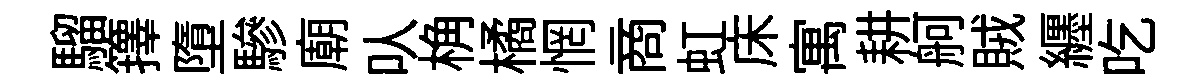
騮籜墮驂廟㕥桷橘惘商虹床寓耕舸賊纒吃